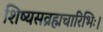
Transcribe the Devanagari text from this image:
शिष्यसव्रह्मचारिभिः।